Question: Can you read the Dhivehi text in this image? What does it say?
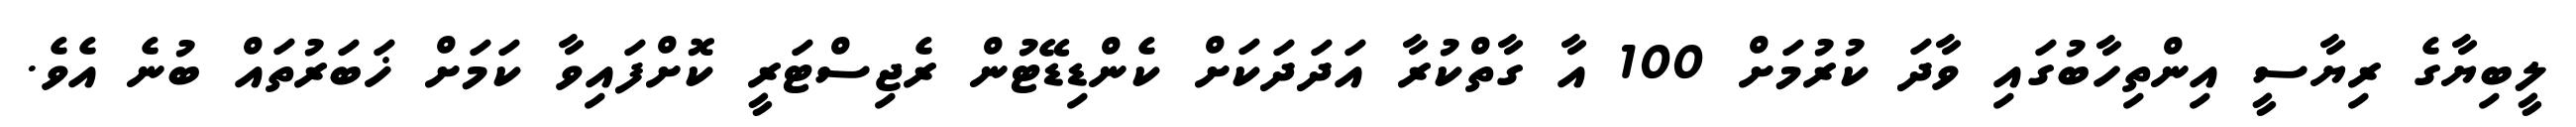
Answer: ލީބިޔާގެ ރިޔާސީ އިންތިހާބުގައި ވާދަ ކުރުމަށް 100 އާ ގާތްކުރާ އަދަދަކަށް ކެންޑިޑޭޓުން ރެޖިސްޓަރީ ކޮށްފައިވާ ކަމަށް ޚަބަރުތައް ބުނެ އެވެ.